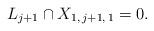
LaTeX: \begin{align*} L_{j+1} \cap X_{1, \, j+1, \, 1} = 0.\end{align*}